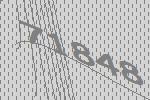
71848